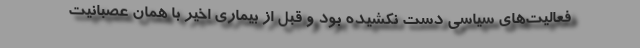
فعالیت‌های سیاسی دست نکشیده بود و قبل از بیماری اخیر با همان عصبانیت